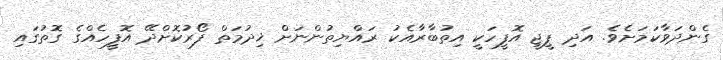
ގެންދަވާކަމަށެވެ. އަދި ޕީޖީ އޮފީހަކީ އިތުބާރާއެކު ރައްޔިތުންނަށް ޚިދުމަތް ފޯރުކޮށްދޭ އޮފީހެއްގެ ގޮތުގައި